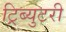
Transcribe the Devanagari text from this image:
ट्रिब्युटरी